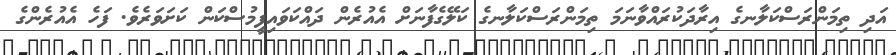
އަދި ތިމަންރަސްކަލާނގެ އިރާދަކުރައްވާނަމަ ތިމަންރަސްކަލާނގެ ކަލޭގެފާނަށް އެއުރެން ދައްކަވައިފީމުސްކަން ކަށަވަރެވެ. ފަހެ އެއުރެންގެ